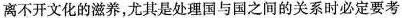
离不开文化的滋养，尤其是处理国与国之间的关系时必定要考